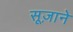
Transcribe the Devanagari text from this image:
सूज़ाने